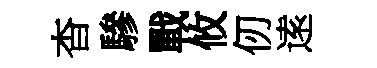
杳驂戰攸仞逺